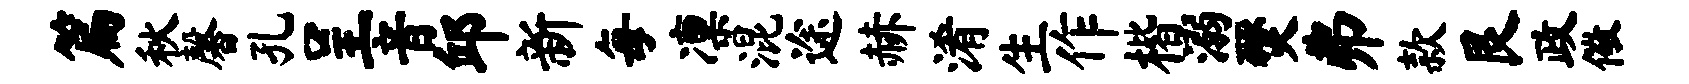
篇秋馨孔呈音邱新每凛混途赫淆生作楷溺燹弗款艮政儆